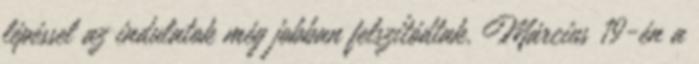
lépéssel az indulatok még jobban felszítódtak. Március 19-én a